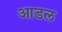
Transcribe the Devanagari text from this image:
आडल